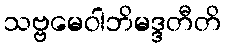
သဗ္ဗမေဝါဘိမဒ္ဒတီတိ